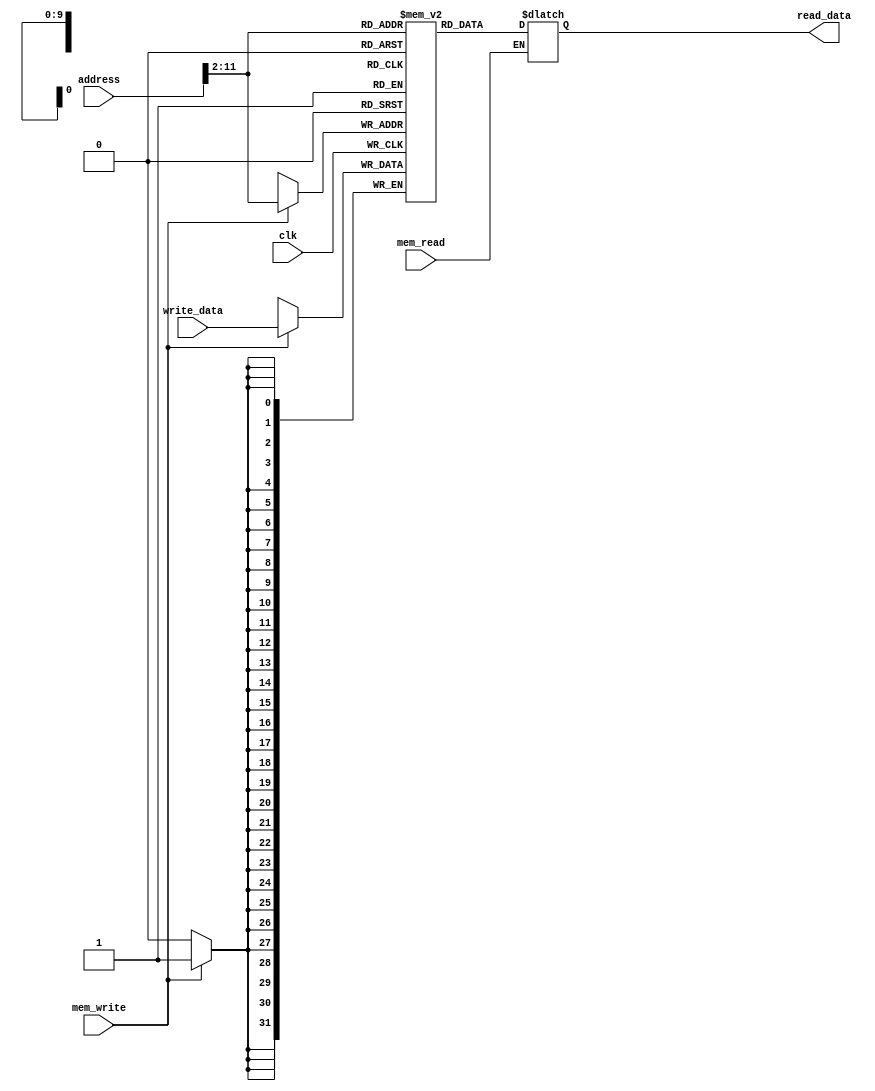
`timescale 1ns / 1ps
//////////////////////////////////////////////////////////////////////////////////
// Company: 
// Engineer: 
// 
// Design Name: 
// Module Name: data_memory
// Project Name: 
// Target Devices: 
// Tool Versions: 
// Description: 
// 
// Dependencies: 
// 
// Revision:
// Revision 0.01 - File Created
// Additional Comments:
// 
//////////////////////////////////////////////////////////////////////////////////


module data_memory(input clk,        
                   input mem_read,   //semnal de activare a citirii din memorie
                   input mem_write,  //semnal de activare a scrierii din memorie
                   input [31:0] address, //adresa de scriere/citire
                   input [31:0] write_data, //valoarea scrisa in memorie
                   output reg [31:0] read_data //valoarea citita din memorie
                   );
  reg [31:0] data_memory [0:1023];     
  integer i;
    
  initial begin
    for (i = 0; i < 1024; i = i + 1) begin
      data_memory[i] <= 32'b0;
    end
  end
  
  always@(posedge clk) begin
    if(mem_write)
      data_memory[address[11:2]] <= write_data;
  end
  
  always@(*) begin
    if(mem_read)
        read_data <= data_memory[address[11:2]];
  end
  
endmodule